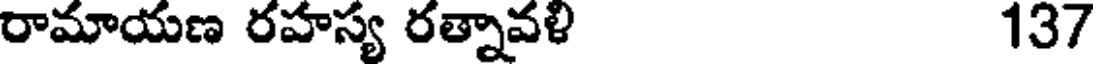
రామాయణ రహస్య రత్నావళి 137